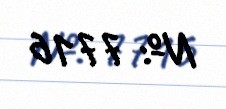
№: 7716